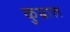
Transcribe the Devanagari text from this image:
कुम्राल